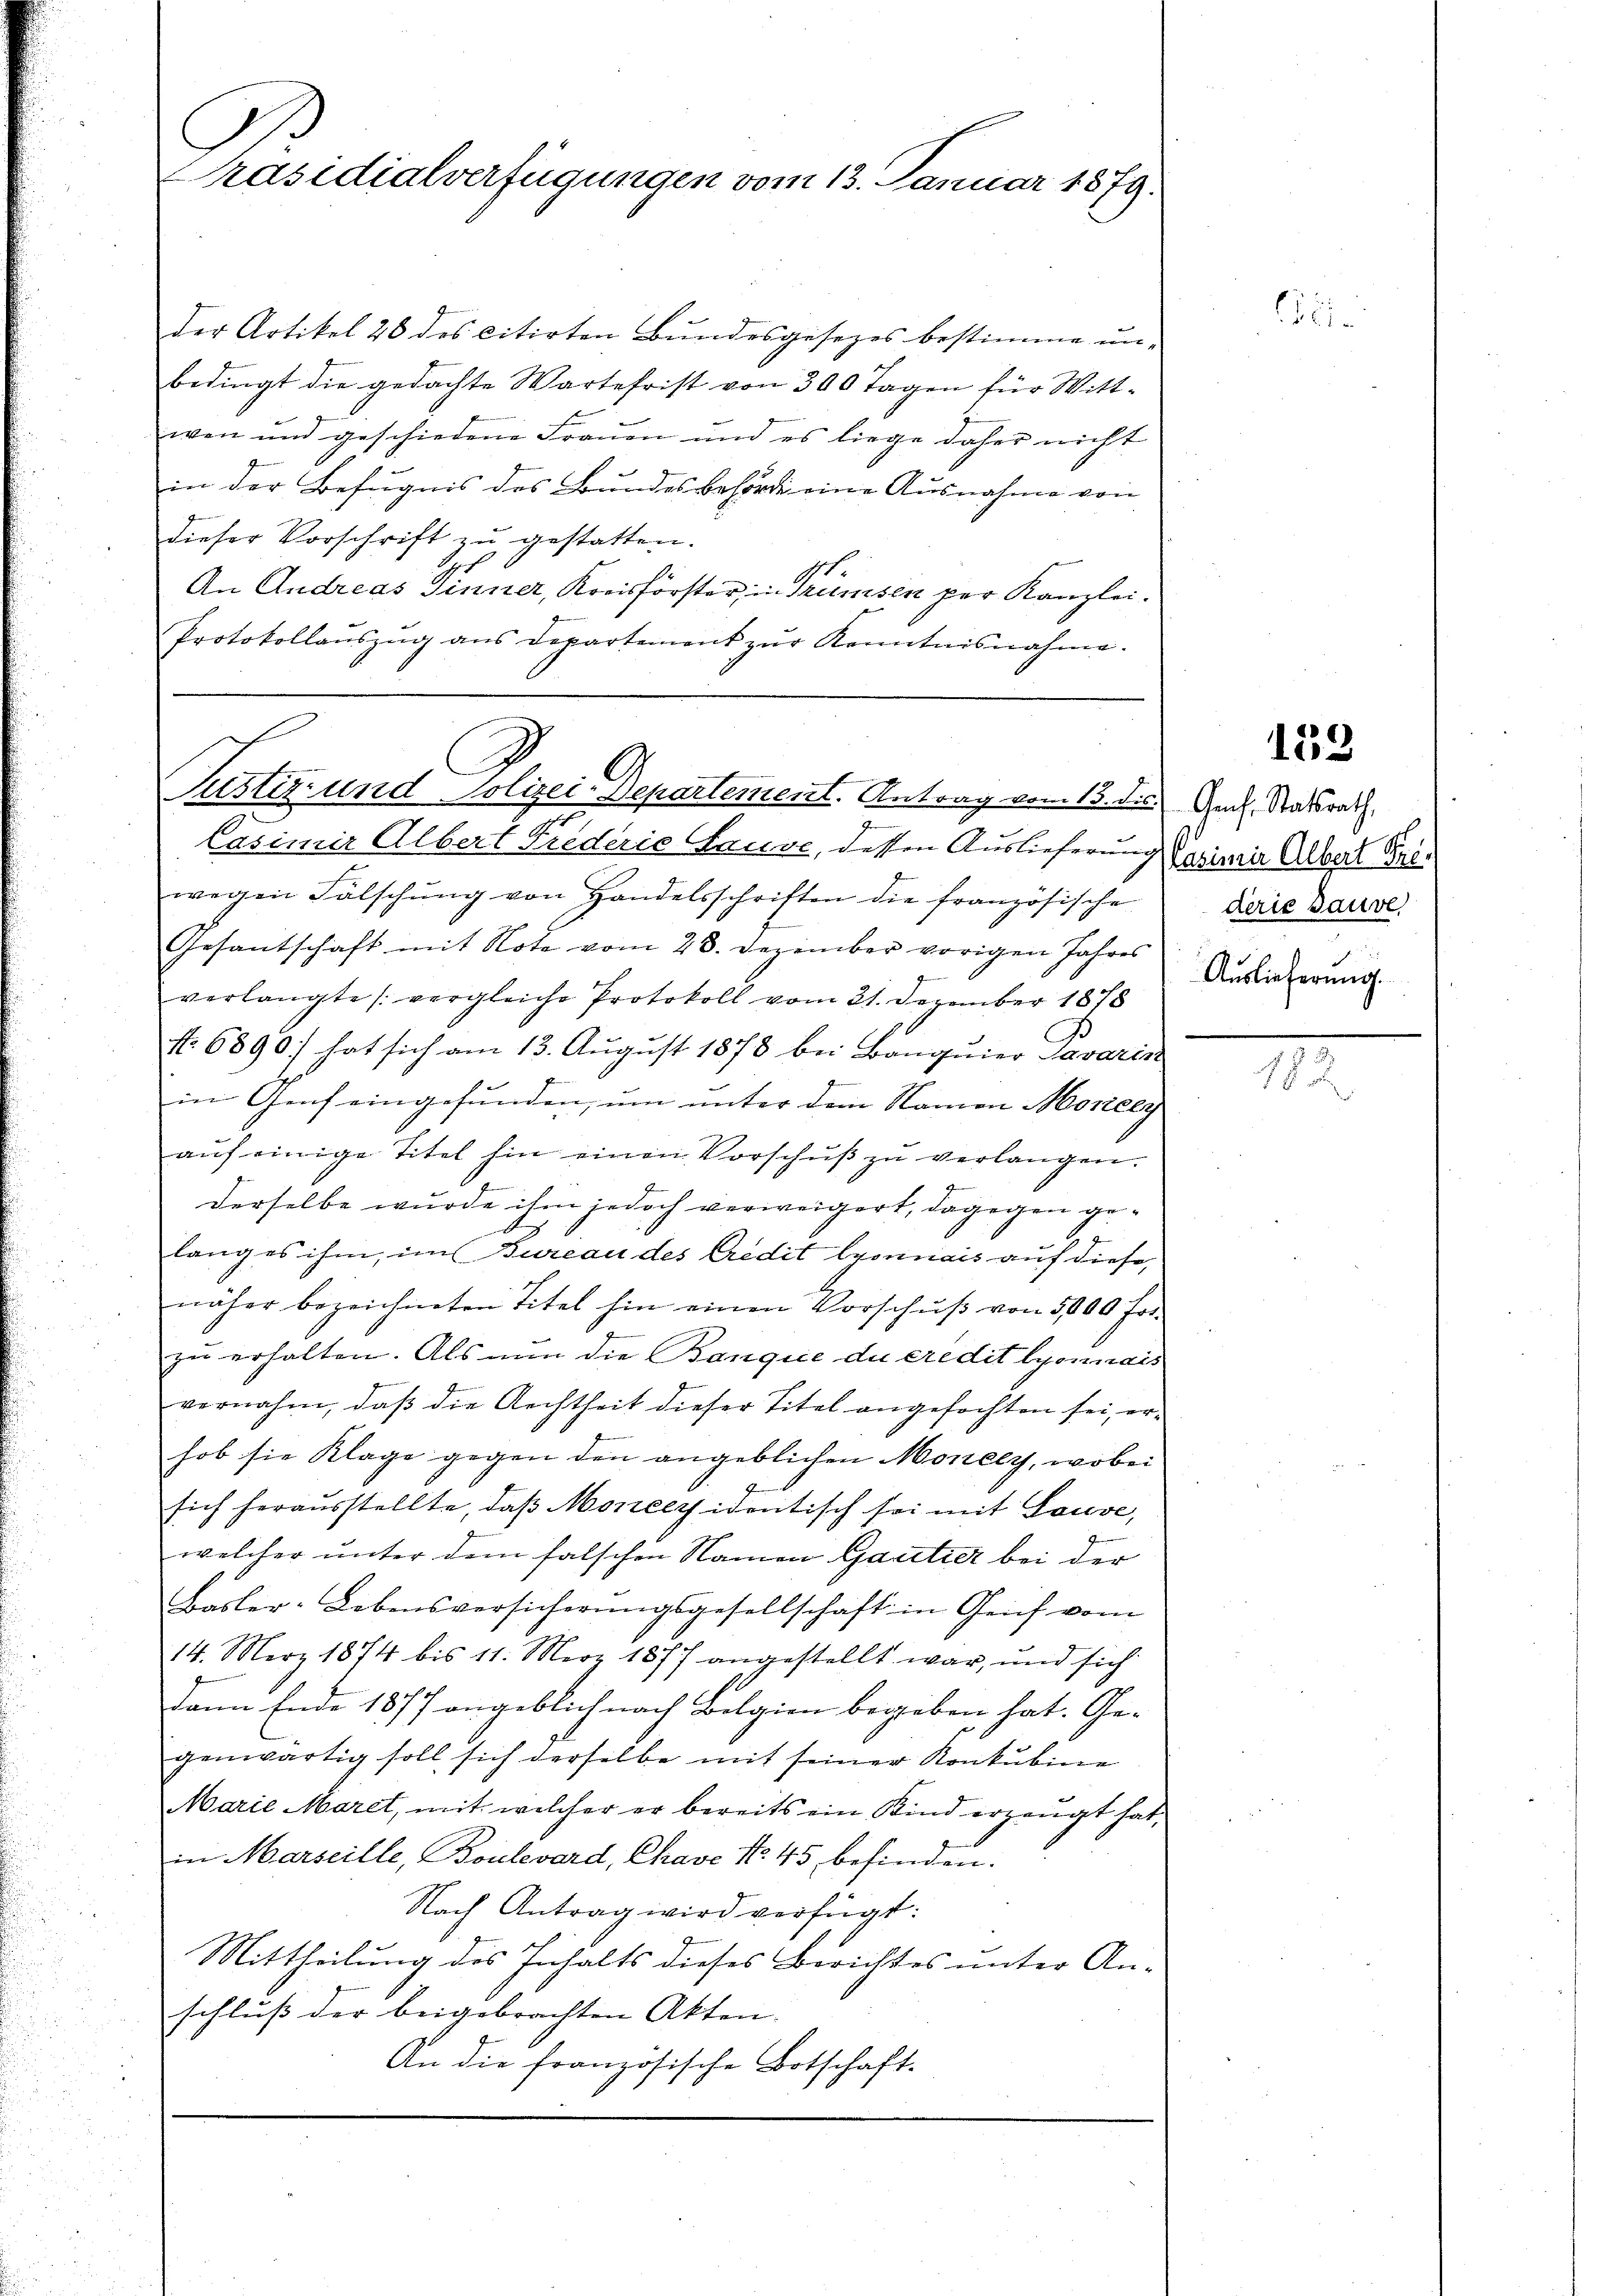
Präsidialverfügungen vom 13. Januar 1879.

der Artikel 28 des citirten Bundesgesezes bestimme un-
bedingt die gedachte Wartefrist von 300 Tagen für Witt-
wen und geschiedene Frauen und es liege daher nicht
in der Befugnis des Bundesbehörde eine Ausnahme von
dieser Vorschrift zŭ gestatten.
.
An Andreas Sinner, Kreisförster, in Trümsen per Kanzlei.
Protokollaŭszŭg ans Departement zŭr Kenntnisnahme.

s
Pustiz und Polizei-Departement. Antrag vom 13. dies Guck. Statsrath

7
J
Casimir Albert Frederie Hause, dessen Auslieferung
wegen Fälschŭng von Handelsschriften die französische
Gesantschaft mit Note vom 28. Dezember vorigen Jahres
verlangte (vergleiche Protokoll vom 21. Dezember 1878
No 6890) hat sich am 13. August 1878 bei Banquier Savarist
in Genf eingefunden, um unter dem Namen Moricly
aŭf einige Titel hin einen Vorschŭβ zŭ verlangen.
derselbe wurde ihm jedoch verweigert, dagegen gelang es ihm, im Bureau des Credit lyonnais auf diese,
näher bezeichneten Titel hin einen Vorschŭβ von 5000 Fr.
zu erhalten. Als nun die Banque du credit lyonnais
vernahm, daß die Rechtheit dieser Titel angefochten sei, erhob sie Klage gegen den angeblichen Moneey, wobei
sich herausstellte, daß Moncepidentisch sei mit Gouve,
welcher unter dem falschen Namen Gartier bei der
Basler-Lebensversicherŭngsgesellschaft in Geich vom
14. März 1874 bis 11. Merz 1877 angestellt war, und sich
A
Dann Ende 1877 angeblich nach Bolgien begeben hat. Ge-
genwärtig soll sich derselbe mit seiner Konkubine
Marie Maret, mit welcher er bereits ein Kind erzeugt hat,
in Marseille, Boulevard, Chave No. 45 befinden.
Nach Antrag wird verfügt:
Mittheilung des Inhalts dieses Berichtes unter An-
schluß der beigebrachten Akten.
An die französische Botschaft-

e

159

kasimir Albert Sr.
derie Bauve
Auslieferung.

h